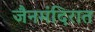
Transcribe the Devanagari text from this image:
जैनमंदिरात